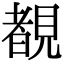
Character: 覩